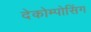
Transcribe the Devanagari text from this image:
देकोम्पोसिंग